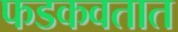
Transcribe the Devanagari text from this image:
फडकवतात